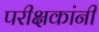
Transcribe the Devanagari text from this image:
परीक्षकांनी